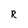
Character: R